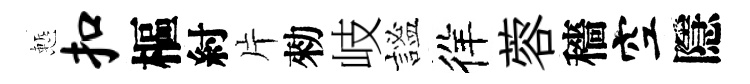
慙扣樞紂片勑岐謐徉蓉穡空隱